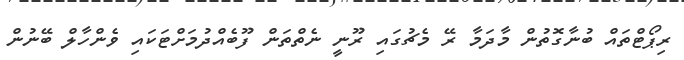
ރިޕޯޓްތައް ބުނާގޮތުން މާދަމާ ރޭ މެޗުގައި ރޫނީ ނެތްތަން ފޫބެއްދުމަށްޓަކައި ވެންހާލް ބޭނުން